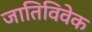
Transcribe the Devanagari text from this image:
जातिविवेक